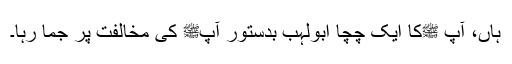
ہاں، آپ ﷺکا ایک چچا ابولہب بدستور آپﷺ کی مخالفت پر جما رہا۔